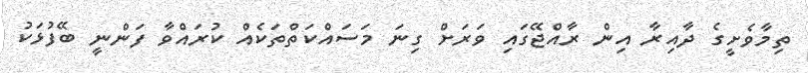
ތިމާވެށީގެ ދާއިރާ އިން ރާއްޖޭގައި ވަރަށް ގިނަ މަސައްކަތްތަކެއް ކުރައްވާ ފަންނީ ބޭފުޅަކު